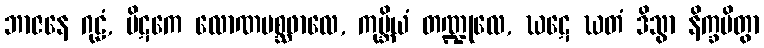
ဘာဇနေ ဂုဠံ, ပိဋကေ လောဏမစ္ဆဖာလေ, ကုမ္ဘိယံ တဏ္ဍုလေ, ဃဋေ ဃတံ ဒိသွာ နိက္ခမိတွာ